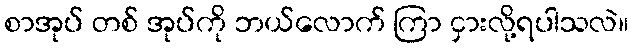
စာအုပ် တစ် အုပ်ကို ဘယ်လောက် ကြာ ငှားလို့ရပါသလဲ။